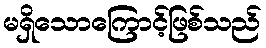
မရှိသောကြောင့်ဖြစ်သည်